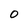
Character: 0